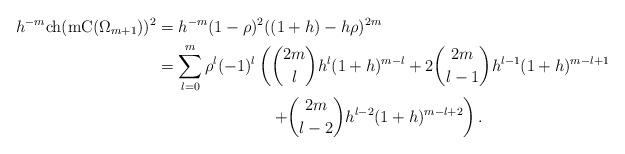
LaTeX: \begin{align*}h^{-m}\mathrm{ch}(\mathrm{mC}(\Omega_{m+1}))^2&=h^{-m}(1-\rho)^2((1+h)-h\rho)^{2m}\\&=\sum_{l=0}^m\rho^l(-1)^l\left(\binom{2m}{l}h^{l}(1+h)^{m-l}+2\binom{2m}{l-1}h^{l-1}(1+h)^{m-l+1}\right.\\&\quad\qquad\qquad\qquad\left.+\binom{2m}{l-2}h^{l-2}(1+h)^{m-l+2}\right).\end{align*}